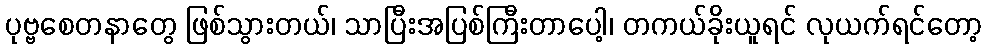
ပုဗ္ဗစေတနာတွေ ဖြစ်သွားတယ်၊ သာပြီးအပြစ်ကြီးတာပေါ့၊ တကယ်ခိုးယူရင် လုယက်ရင်တော့